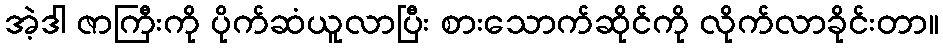
အဲ့ဒါ ဇာကြီးကို ပိုက်ဆံယူလာပြီး စားသောက်ဆိုင်ကို လိုက်လာခိုင်းတာ။